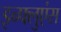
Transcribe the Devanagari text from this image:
इन्फ्लुएंस